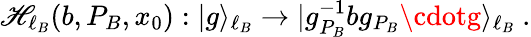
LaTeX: \mathscr{H}_{\ell_{B}}(b,P_{B},x_{0}):|g\rangle_{\ell_{B}}\to|g_{P_{B}}^{-1}bg_{P_{B}}\cdotg\rangle_{\ell_{B}}~.